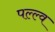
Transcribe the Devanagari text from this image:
पल्ल्व